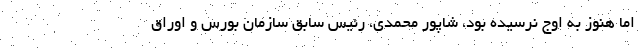
اما هنوز به اوج نرسیده بود، شاپور محمدی، رئیس سابق سازمان بورس و اوراق